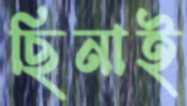
ছিনাই